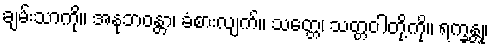
ချမ်းသာကို။ အနုဘဝန္တာ၊ ခံစားလျက်။ သတ္တေ၊ သတ္တဝါတို့ကို။ ရက္ခန္တု၊